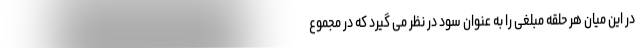
در این میان هر حلقه مبلغی را به عنوان سود در نظر می گیرد که در مجموع